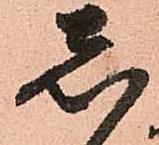
し